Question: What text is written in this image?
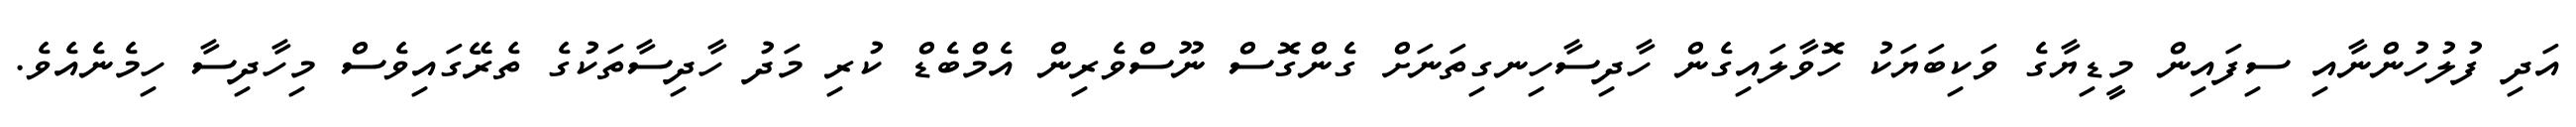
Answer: އަދި ފުލުހުންނާއި ސިފައިން މީޑިޔާގެ ވަކިބަޔަކު ހޮވާލައިގެން ހާދިސާހިނގިތަނަށް ގެންގޮސް ނޫސްވެރިން އެމްބެޑް ކުރި މަދު ހާދިސާތަކުގެ ތެރޭގައިވެސް މިހާދިސާ ހިމެނެއެވެ.